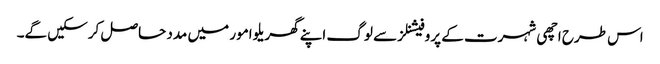
اس طرح اچھی شہرت کے پروفیشنلز سے لوگ اپنے گھریلو امور میں مدد حاصل کرسکیں گے۔